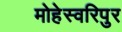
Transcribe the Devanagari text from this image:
मोहेस्वरिपुर